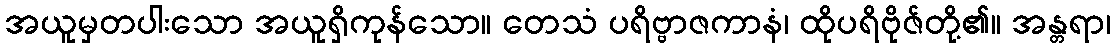
အယူမှတပါးသော အယူရှိကုန်သော။ တေသံ ပရိဗ္ဗာဇကာနံ၊ ထိုပရိဗိုဇ်တို့၏။ အန္တရာ၊